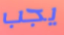
يجب